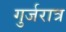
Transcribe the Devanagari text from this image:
गुर्जरात्र